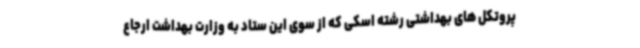
پروتکل های بهداشتی رشته اسکی که از سوی این ستاد به وزارت بهداشت ارجاع